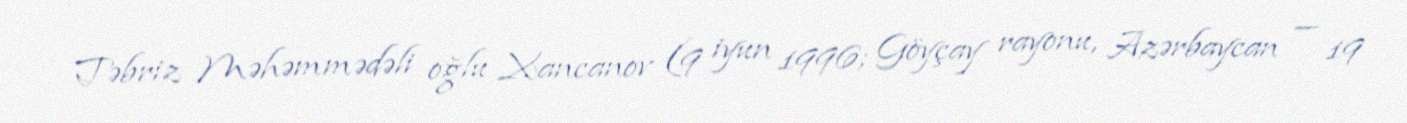
Təbriz Məhəmmədəli oğlu Xancanov (9 iyun 1996; Göyçay rayonu, Azərbaycan — 19